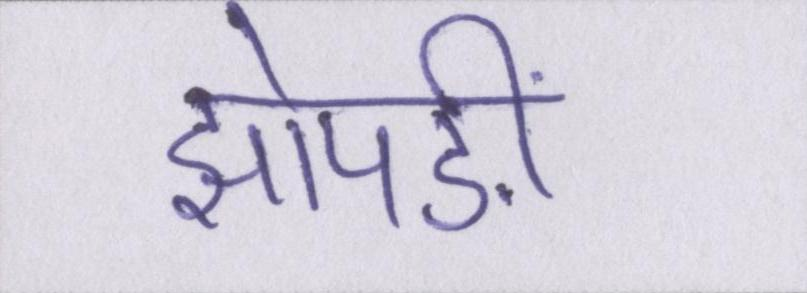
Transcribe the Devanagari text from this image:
झोपङीं